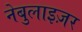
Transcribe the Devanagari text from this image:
नेबुलाइज़र